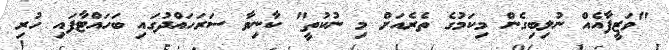
"ވަޒީފާއެއް ނުލިބިގެން މިކަމުގެ ތެރެއަށް މި ނުކުތީ" ކާނިވާ ސަރަހައްދުގައި ބަހައްޓާފައި ހުރި